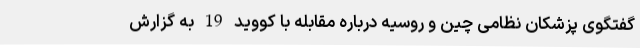
گفتگوی پزشکان نظامی چین و روسیه درباره مقابله با کووید 19 به گزارش